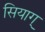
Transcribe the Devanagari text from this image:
सियाग्